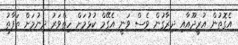
އެގޮތުން އުރީދޫއާއި ދިރާގުން ވެސް ވަނީ އެގޭމް ކުޅުމަށް ހިތްވަރު ދިނުމަށް ތަފާތު